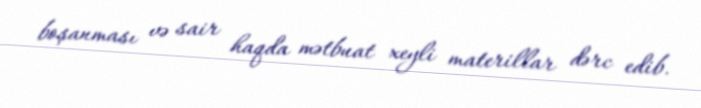
boşanması və sair haqda mətbuat xeyli materillar dərc edib.